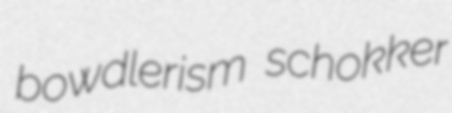
bowdlerism schokker